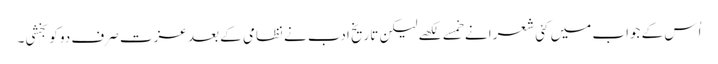
اُس کے جواب میں کئی شعرا نے خمسے لکھے لیکن تاریخِ ادب نے نظامی کے بعد عزت صرف دو کو بخشی۔